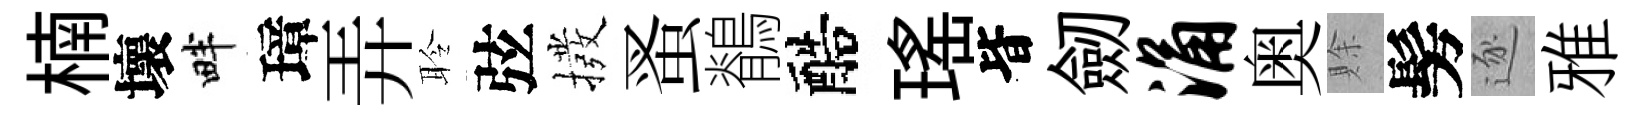
楠壞畔璋弄聆弦撥蚤鶺醅瑤𣅜劒涌奥賖髣逐雅